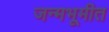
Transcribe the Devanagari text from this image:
जन्मभूमीत